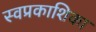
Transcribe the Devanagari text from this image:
स्वप्रकाशिका